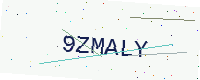
Text: 9ZMALY